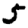
Digit: 5